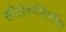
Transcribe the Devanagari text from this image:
सीरोवर्गनिर्धारित